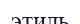
этиль